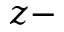
z -